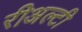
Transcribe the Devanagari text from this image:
रीअल्टी